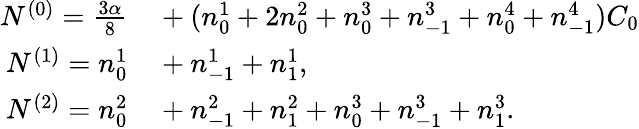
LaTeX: \begin{array}{rl}{N^{(0)}=\frac{3\alpha}{8}}&{{}+(n_{0}^{1}+2n_{0}^{2}+n_{0}^{3}+n_{-1}^{3}+n_{0}^{4}+n_{-1}^{4})C_{0}}\\ {N^{(1)}=n_{0}^{1}}&{{}+n_{-1}^{1}+n_{1}^{1},}\\ {N^{(2)}=n_{0}^{2}}&{{}+n_{-1}^{2}+n_{1}^{2}+n_{0}^{3}+n_{-1}^{3}+n_{1}^{3}.}\end{array}